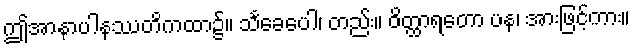
ဤအာနာပါနဿတိကထာ၌။ သင်္ခေပေါ၊ တည်း။ ဝိတ္ထာရတော ပန၊ အားဖြင့်ကား။